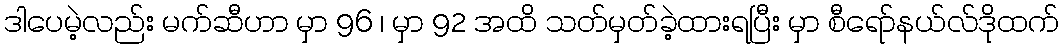
ဒါပေမဲ့လည်း မက်ဆီဟာ မှာ 96 ၊ မှာ 92 အထိ သတ်မှတ်ခဲ့ထားရပြီး မှာ စီရော်နယ်လ်ဒိုထက်